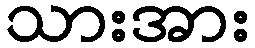
သားအား